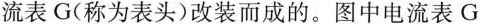
流表G(称为表头)改装而成的。图中电流表G